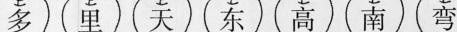
多 里 天 东 高 南 弯